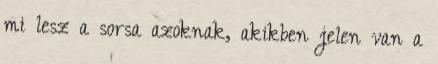
mi lesz a sorsa azoknak, akikben jelen van a